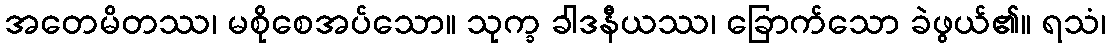
အတေမိတဿ၊ မစိုစေအပ်သော။ သုက္ခ ခါဒနီယဿ၊ ခြောက်သော ခဲဖွယ်၏။ ရသံ၊